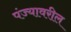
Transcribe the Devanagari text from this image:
पंज्यावरील